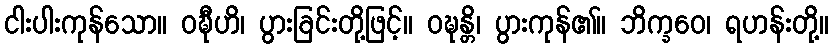
ငါးပါးကုန်သော။ ဝဍ္ဎီဟိ၊ ပွားခြင်းတို့ဖြင့်။ ဝဍ္ဎန္တိ၊ ပွားကုန်၏။ ဘိက္ခဝေ၊ ရဟန်းတို့။